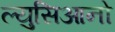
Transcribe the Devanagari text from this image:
ल्युसिआनो